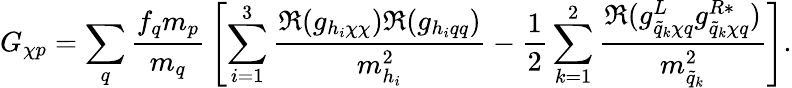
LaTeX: G_{\chi p}=\sum_{q}{\frac{f_{q}m_{p}}{m_{q}}}\left[\sum_{i=1}^{3}{\frac{\Re(g_{h_{i}\chi\chi})\Re(g_{h_{i}qq})}{m_{h_{i}}^{2}}}-{\frac{1}{2}}\sum_{k=1}^{2}{\frac{\Re(g_{\tilde{q}_{k}\chi q}^{L}g_{\tilde{q}_{k}\chi q}^{R*})}{m_{\tilde{q}_{k}}^{2}}}\right].